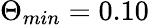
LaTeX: \Theta_{min}=0.10